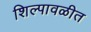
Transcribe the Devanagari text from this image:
शिल्पावळीत